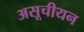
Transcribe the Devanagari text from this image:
असूचीयन